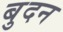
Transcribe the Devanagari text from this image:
बुदन